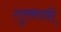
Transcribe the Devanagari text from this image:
गुरकानी